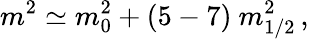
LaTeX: m^{2}\simeq m_{0}^{2}+(5-7)~m_{1/2}^{2}\, ,